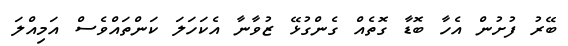
ބޭރު ފުށުން އެހާ ބޮޑާ ގޮތެއް ގެންގުޅޭ ޒުވާނާ އެކަހަލަ ކަންތައްވެސް އަމިއްލަ